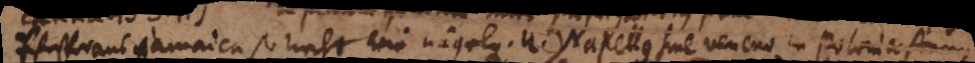
Pfeffer aus jamaica so recht wie nägelchen. U.) Napellus sine veneno in Polonia Annus